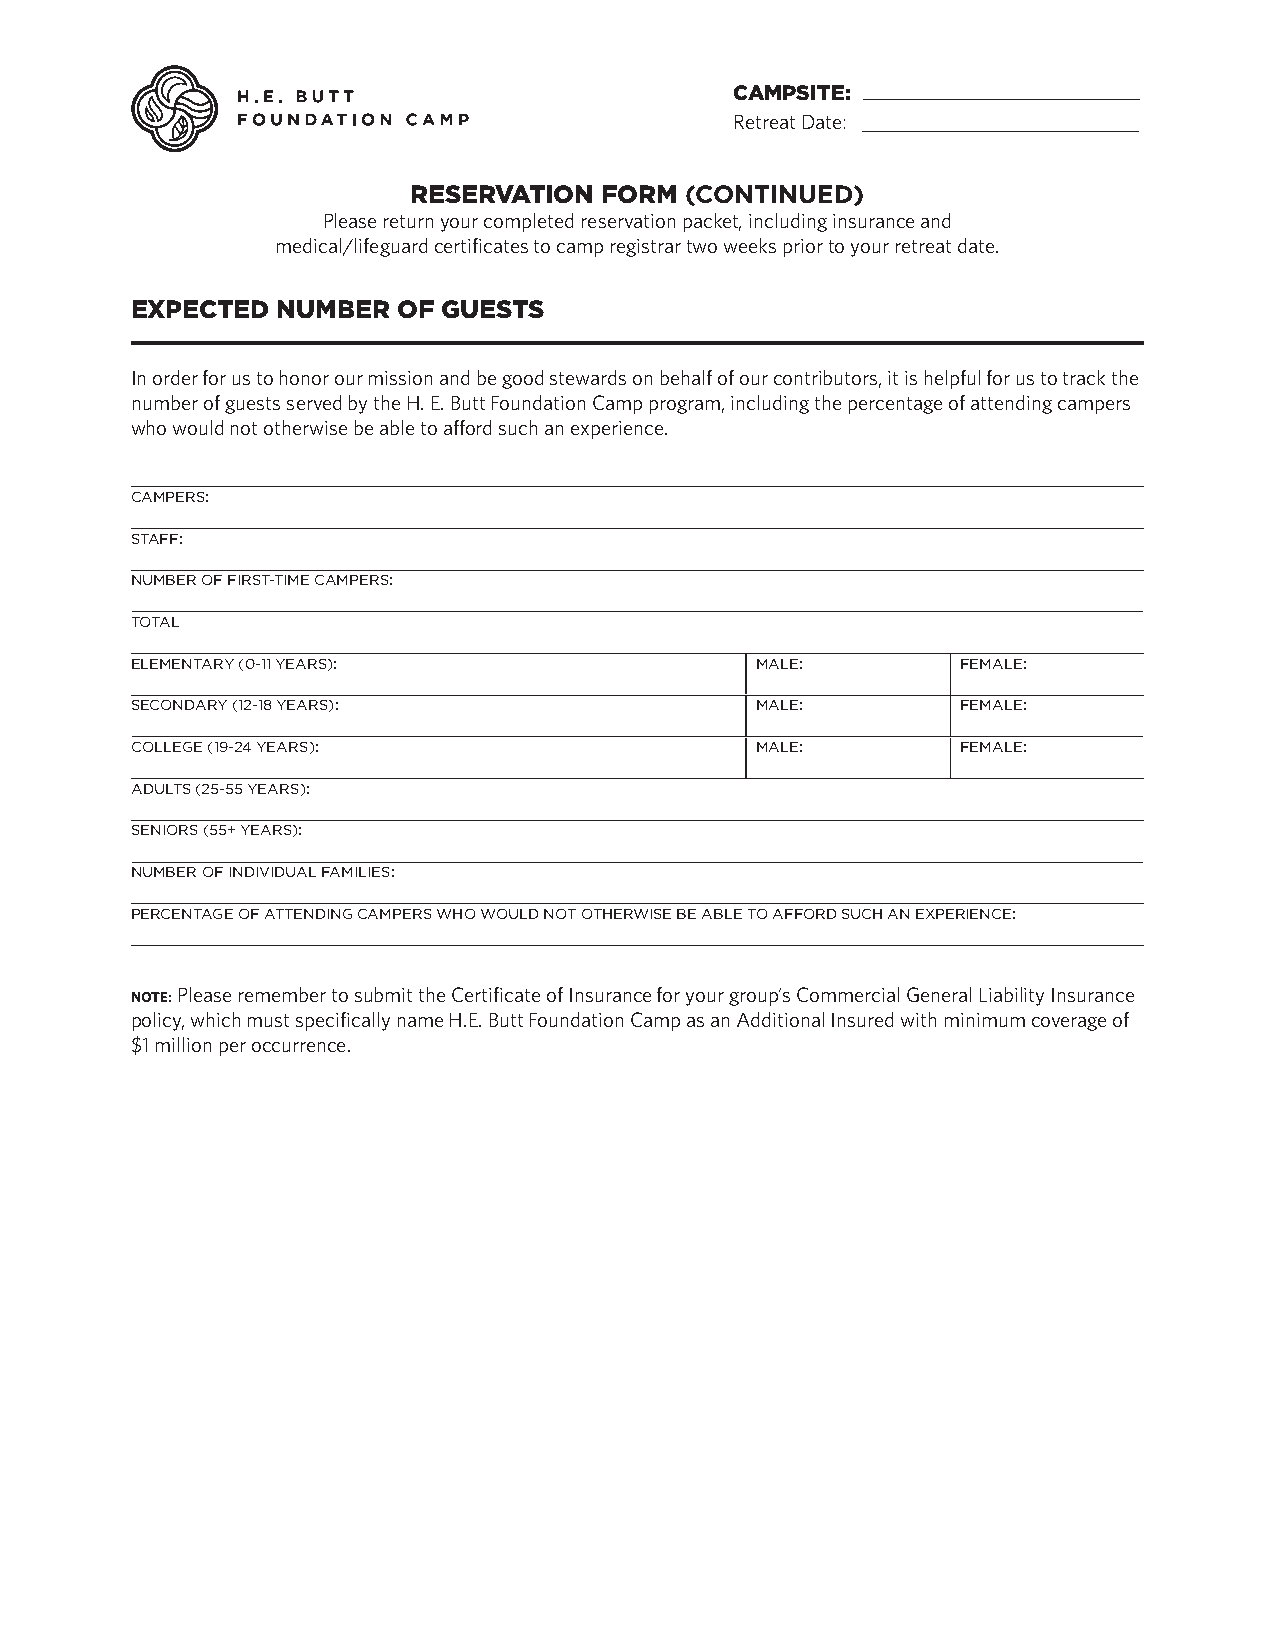
CAMPSITE:
 Retreat Date:
 RESERVATION  FORM (CONTINUED)
 Please return your completed reservation packet, including insurance and
 medical/lifeguard certificates to camp registrar two weeks prior to your retreat date.
 EXPECTED NUMBER  OF GUESTS
 In order for us to honor our mission and be good stewards on behalf of our contributors, it is helpful for us to track the
 number of guests served by the H. E. Butt Foundation Camp program, including the percentage of attending campers
 who would not otherwise be able to afford such an experience.
 CAMPERS:
 STAFF:
 NUMBER OF FIRST-TIME CAMPERS:
 TOTAL
 ELEMENTARY (0-11 YEARS):                 MALE:         FEMALE:
 SECONDARY (12-18 YEARS):                 MALE:         FEMALE:
 COLLEGE (19-24 YEARS):                   MALE:         FEMALE:
 ADULTS (25-55 YEARS):
 SENIORS (55+ YEARS):
 NUMBER OF INDIVIDUAL FAMILIES:
 PERCENTAGE OF ATTENDING CAMPERS WHO WOULD NOT OTHERWISE BE ABLE TO AFFORD SUCH AN EXPERIENCE:
 NOTE: Please remember to submit the Certificate of Insurance for your group’s Commercial General Liability Insurance
 policy, which must specifically name H.E. Butt Foundation Camp as an Additional Insured with minimum coverage of
 $1 million per occurrence.